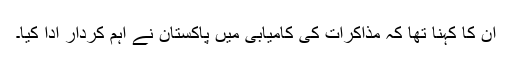
ان کا کہنا تھا کہ مذاکرات کی کامیابی میں پاکستان نے اہم کردار ادا کیا۔